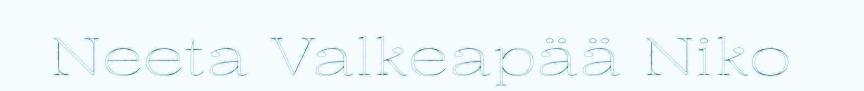
Neeta Valkeapää Niko